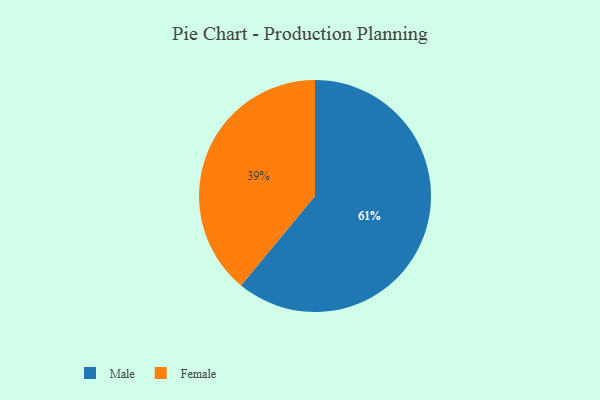
{"axis": {"x": "Category", "y": "Percentage"}, "legend": ["Female", "Male"], "data": [{"x": "Male", "y": 61, "type": "Male"}, {"x": "Female", "y": 39, "type": "Female"}]}